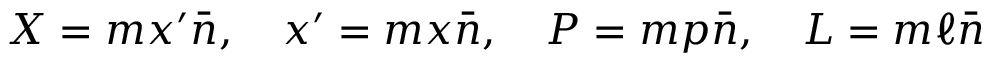
X = m x ^ { \prime } \bar { n } , ~ ~ ~ x ^ { \prime } = m x \bar { n } , ~ ~ ~ P = m p \bar { n } , ~ ~ ~ L = m \ell \bar { n }